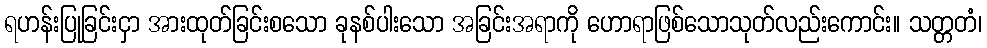
ရဟန်းပြုခြင်းငှာ အားထုတ်ခြင်းစသော ခုနစ်ပါးသော အခြင်းအရာကို ဟောရာဖြစ်သောသုတ်လည်းကောင်း။ သတ္တတံ၊